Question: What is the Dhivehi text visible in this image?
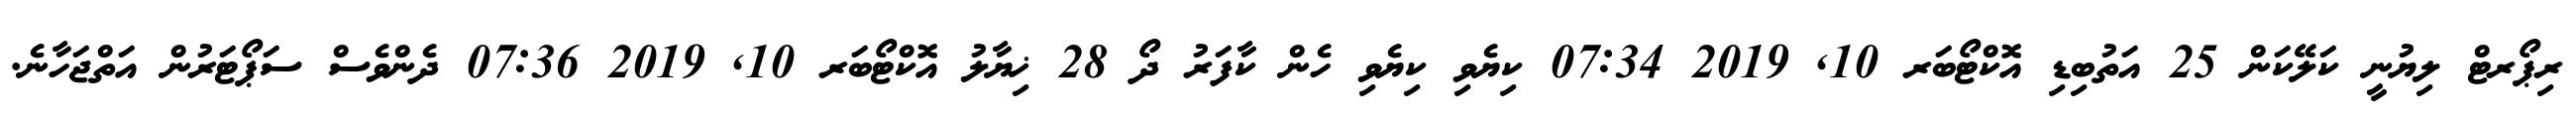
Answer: ރިޕޯރޓް ލިޔުނީ ކަލޭކަން 25 އަތުބިޑި އޮކްޓޯބަރ 10, 2019 07:34 ކިޔެވި ކިޔެވި ހެން ކާފަރު ދޯ 28 ޚިޔާލު އޮކްޓޯބަރ 10, 2019 07:36 ދެންވެސް ސަޕޯޓަރުން އަތްޖަހާނެ.